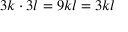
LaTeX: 3 k \cdot 3 l = 9 k l = 3 k l